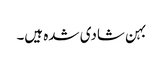
بہن شادی شدہ ہیں۔